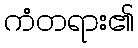
ကံတရား၏